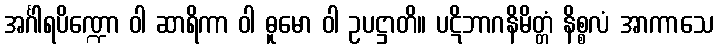
အင်္ဂါရပိဏ္ဍော ဝါ ဆာရိကာ ဝါ ဓူမော ဝါ ဥပဋ္ဌာတိ။ ပဋိဘာဂနိမိတ္တံ နိစ္စလံ အာကာသေ